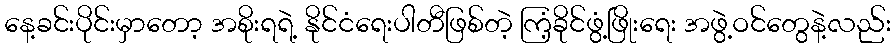
နေ့ခင်းပိုင်းမှာတော့ အစိုးရရဲ့ နိုင်ငံရေးပါတီဖြစ်တဲ့ ကြံ့ခိုင်ဖွံ့ဖြိုးရေး အဖွဲ့ဝင်တွေနဲ့လည်း